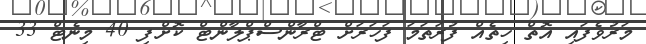
މަރުވެފައި އޮތް ހިތެއް ފުރަތަމަ ފަހަރަށް ޓްރާންސްޕްލާންޓް ކޮށްފި 40 މިނެޓް 33